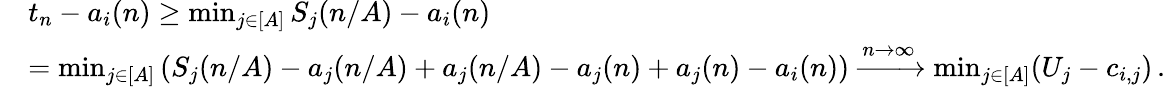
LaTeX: \begin{array}{rl}&{t_{n}-a_{i}(n)\ge\operatorname*{min}_{j\in[A]}S_{j}(n/A)-a_{i}(n)}\\ &{=\operatorname*{min}_{j\in[A]}\left(S_{j}(n/A)-a_{j}(n/A)+a_{j}(n/A)-a_{j}(n)+a_{j}(n)-a_{i}(n)\right)\xrightarrow{n\to\infty}\operatorname*{min}_{j\in[A]}(U_{j}-c_{i,j})\, .}\end{array}